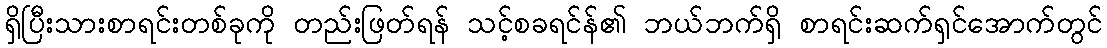
ရှိပြီးသားစာရင်းတစ်ခုကို တည်းဖြတ်ရန် သင့်စခရင်န်၏ ဘယ်ဘက်ရှိ စာရင်းဆက်ရှင်အောက်တွင်